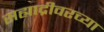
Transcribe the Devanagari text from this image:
सह्याद्रीवरच्या